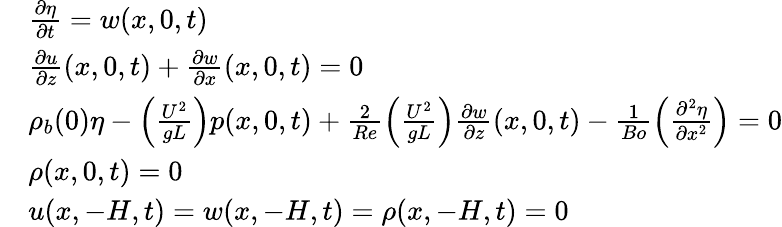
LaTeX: \begin{array}{rl}&{\frac{\partial\eta}{\partial t}=w(x,0,t)}\\ &{\frac{\partial u}{\partial z}(x,0,t)+\frac{\partial w}{\partial x}(x,0,t)=0}\\ &{\rho_{b}(0)\eta-\left(\frac{U^{2}}{gL}\right)p(x,0,t)+\frac{2}{Re}\left(\frac{U^{2}}{gL}\right)\frac{\partial w}{\partial z}(x,0,t)-\frac{1}{Bo}\left(\frac{\partial^{2}\eta}{\partial x^{2}}\right)=0}\\ &{\rho(x,0,t)=0}\\ &{u(x,-H,t)=w(x,-H,t)=\rho(x,-H,t)=0}\end{array}